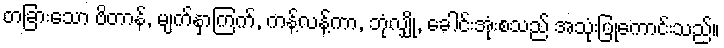
တခြားသော ဗိတာန်, မျက်နှာကြက်, ကန့်လန့်ကာ, ဘုံလျှို, ခေါင်းအုံးစသည် အသုံးပြုကောင်းသည်။